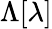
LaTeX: \Lambda[\lambda]